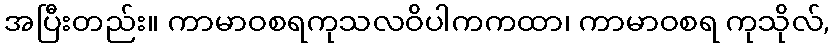
အပြီးတည်း။ ကာမာဝစရကုသလဝိပါကကထာ၊ ကာမာဝစရ ကုသိုလ်,